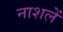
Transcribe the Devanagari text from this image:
नाशलें